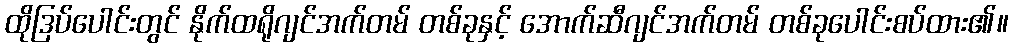
ထိုဒြပ်ပေါင်းတွင် နိုက်ထရိုဂျင်အက်တမ် တစ်ခုနှင့် အောက်ဆီဂျင်အက်တမ် တစ်ခုပေါင်းစပ်ထား၏။